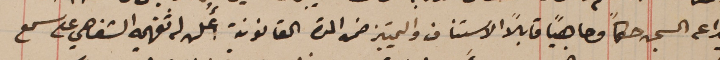
ايداعه السجن حكماُ وجاهياً قابلاً الاستناف والتمييز ضمن المدة القانونية أُعلن له تفهيمه الشفاهي على سمع